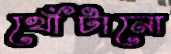
খোঁটানো